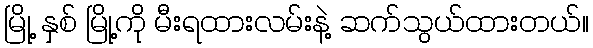
မြို့ နှစ် မြို့ကို မီးရထားလမ်းနဲ့ ဆက်သွယ်ထားတယ်။